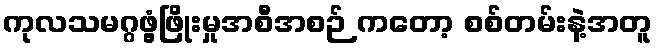
ကုလသမဂ္ဂဖွံ့ဖြိုးမှုအစီအစဉ် ကတော့ စစ်တမ်းနဲ့အတူ